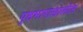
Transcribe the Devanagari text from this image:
पृष्ठभागाखालील